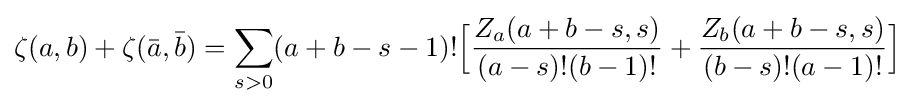
\zeta (a,b)+\zeta ({\bar {a}},{\bar {b}})=\sum _{s>0}(a+b-s-1)!{\Big [}{\frac {Z_{a}(a+b-s,s)}{(a-s)!(b-1)!}}+{\frac {Z_{b}(a+b-s,s)}{(b-s)!(a-1)!}}{\Big ]}